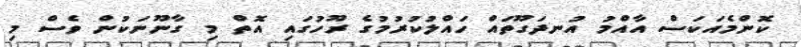
ކޮންމެއަކަސް އާއްމު އުނދަގޫތައް ހައްލުކުރުމުގެ ރޫހުގައި އޮތް މި ގާނޫނަކުން ވެސް މި